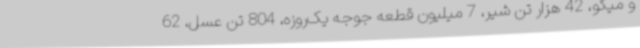
و میگو، 42 هزار تن شیر، 7 میلیون قطعه جوجه یک‌روزه، 804 تن عسل، 62